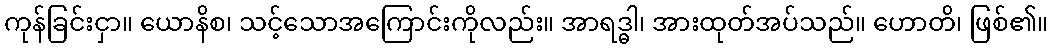
ကုန်ခြင်းငှာ။ ယောနိစ၊ သင့်သောအကြောင်းကိုလည်း။ အာရဒ္ဓါ၊ အားထုတ်အပ်သည်။ ဟောတိ၊ ဖြစ်၏။